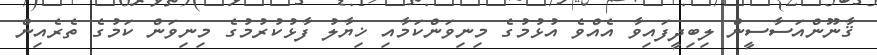
ޤާނޫންއަސާސީން ލިބިދީފައިވާ އެއްވެ އުޅުމުގެ މިނިވަންކަމާއި ޚިޔާލު ފާޅުކުރުމުގެ މިނިވަން ކަމުގެ ތެރެއިން